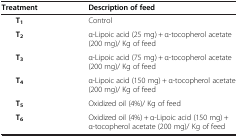
| Treatment | Description of feed |
 | --- | --- |
 | T1 | Control |
 | T2 | α-Lipoic acid (25 mg) + α-tocopherol acetate (200 mg)/ Kg of feed |
 | T3 | α-Lipoic acid (75 mg) + α-tocopherol acetate (200 mg)/ Kg of feed |
 | T4 | α-Lipoic acid (150 mg) + α-tocopherol acetate (200 mg)/ Kg of feed |
 | T5 | Oxidized oil (4%)/ Kg of feed |
 | T6 | Oxidized oil (4%) + α-Lipoic acid (150 mg) + α-tocopherol acetate (200 mg)/ Kg of feed |